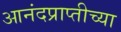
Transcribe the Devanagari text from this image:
आनंदप्राप्तीच्या